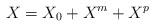
LaTeX: \begin{align*}X = X_0 + X^m + X^p \end{align*}